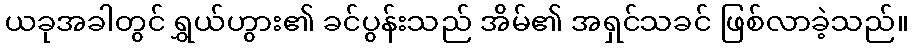
ယခုအခါတွင် ရွှယ်ဟွား၏ ခင်ပွန်းသည် အိမ်၏ အရှင်သခင် ဖြစ်လာခဲ့သည်။